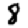
Digit: 8